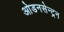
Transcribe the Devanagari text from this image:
ओडनसेन्ट्रन